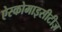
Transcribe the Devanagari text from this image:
ऐस्कोमाइसीटीज़